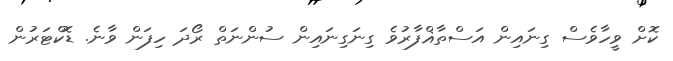
ކޮށް ވީހާވެސް ގިނައިން އަސްތާޣްފާރުވެ ގިނަގިނައިން ސުންނަތް ރޯދަ ހިފަން ވާނެ. ޑޮކްޓަރުން